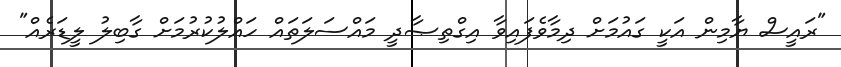
"ރައީސް ޔާމިން އަކީ ގައުމަށް ދިމާވެފައިވާ އިގްތިޞާދީ މައްސަލަތައް ހައްލުކުރުމަށް ގާބިލު ލީޑަރެއް"